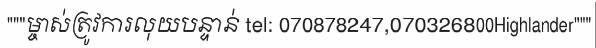
"""ម្ចាស់ត្រូវការលុយបន្ទាន់ tel: 070878247,070326800Highlander"""